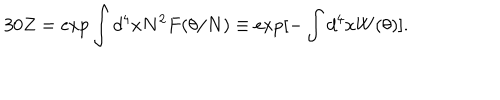
3 0 Z = \exp \int d ^ { 4 } x N ^ { 2 } F ( \theta / N ) \equiv \exp [ - \int d ^ { 4 } x W ( \theta ) ] .